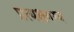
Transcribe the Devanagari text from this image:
प्रत्यक्षगम्य